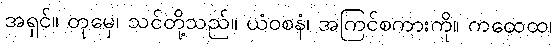
အရှင်။ တုမှေ၊ သင်တို့သည်။ ယံဝစနံ၊ အကြင်စကားကို။ ကထေထ၊